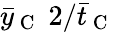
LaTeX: \bar{y}_{\mathrm{~C~}}\; 2/\bar{t}_{\mathrm{~C~}}